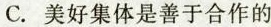
C.美好集体是善于合作的